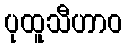
ပုထူသီဟာဝ